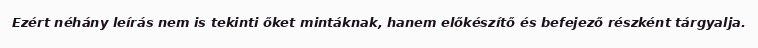
Ezért néhány leírás nem is tekinti őket mintáknak, hanem előkészítő és befejező részként tárgyalja.